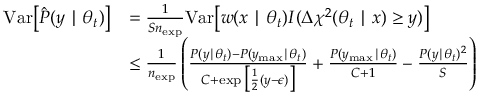
\begin{array} { r l } { \mathrm { \mathop { V a r } } \big [ \hat { P } ( y \mid \theta _ { t } ) \big ] } & { = \frac { 1 } { S n _ { \mathrm { e x p } } } \mathrm { \mathop { V a r } } \big [ w ( x \mid \theta _ { t } ) I ( \Delta \chi ^ { 2 } ( \theta _ { t } \mid x ) \ge y ) \big ] } \\ & { \le \frac { 1 } { n _ { \mathrm { e x p } } } \left( \frac { P ( y \mid \theta _ { t } ) - P ( y _ { \mathrm { m a x } } \mid \theta _ { t } ) } { C + \exp \big [ \frac { 1 } { 2 } ( y - \epsilon ) \big ] } + \frac { P ( y _ { \mathrm { m a x } } \mid \theta _ { t } ) } { C + 1 } - \frac { P ( y \mid \theta _ { t } ) ^ { 2 } } { S } \right) } \end{array}